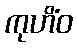
ကုဟိံဝ